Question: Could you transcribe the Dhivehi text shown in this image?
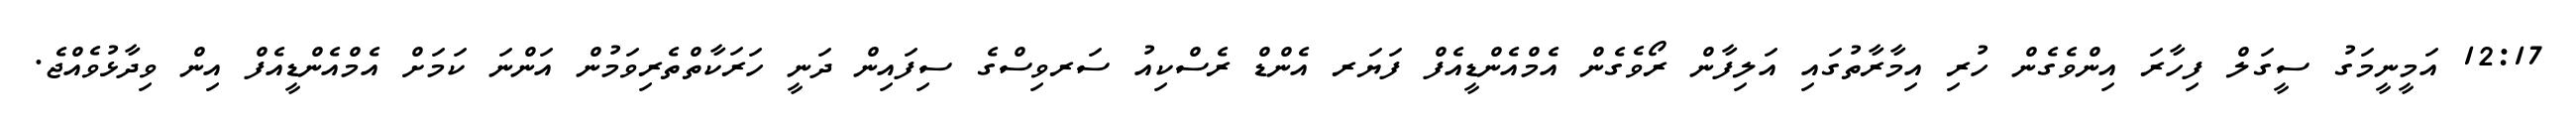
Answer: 12:17 އަމީނީމަގު ސީގަލް ފިހާރަ އިންވެގެން ހުރި އިމާރާތުގައި އަލިފާން ރޯވެގެން އެމްއެންޑީއެފް ފަޔަރ އެންޑް ރެސްކިއު ސަރވިސްގެ ސިފައިން ދަނީ ހަރަކާތްތެރިވަމުން އަންނަ ކަމަށް އެމްއެންޑީއެފް އިން ވިދާޅުވެއްޖެ.